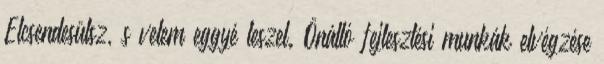
Elcsendesülsz, s velem eggyé leszel. Önálló fejlesztési munkák elvégzése